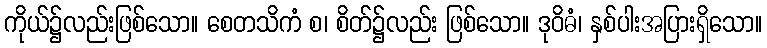
ကိုယ်၌လည်းဖြစ်သော။ စေတသိကံ စ၊ စိတ်၌လည်း ဖြစ်သော။ ဒုဝိဓံ၊ နှစ်ပါးအပြားရှိသော။